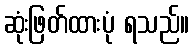
ဆုံးဖြတ်ထားပုံ ရသည်။